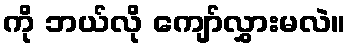
ကို ဘယ်လို ကျော်လွှားမလဲ။